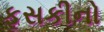
ફૂસકીનો